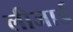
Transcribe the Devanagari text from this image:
लीजार्ड